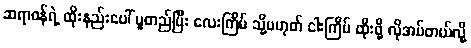
ဆရာဝန်ရဲ့ ထိုးနည်းပေါ် မူတည်ပြီး လေးကြိမ် သို့မဟုတ် ငါးကြိမ် ထိုးဖို့ လိုအပ်တယ်လို့